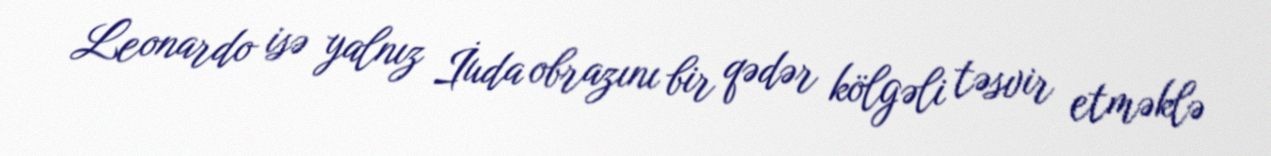
Leonardo isə yalnız İuda obrazını bir qədər kölgəli təsvir etməklə